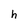
Character: h